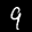
Label: 9